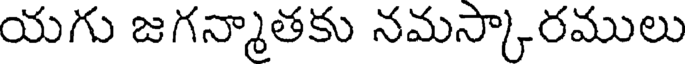
యగు జగన్మాతకు నమస్కారములు